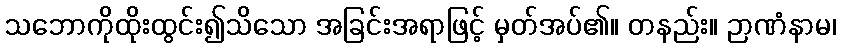
သဘောကိုထိုးထွင်း၍သိသော အခြင်းအရာဖြင့် မှတ်အပ်၏။ တနည်း။ ဉာဏံနာမ၊